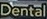
Dental